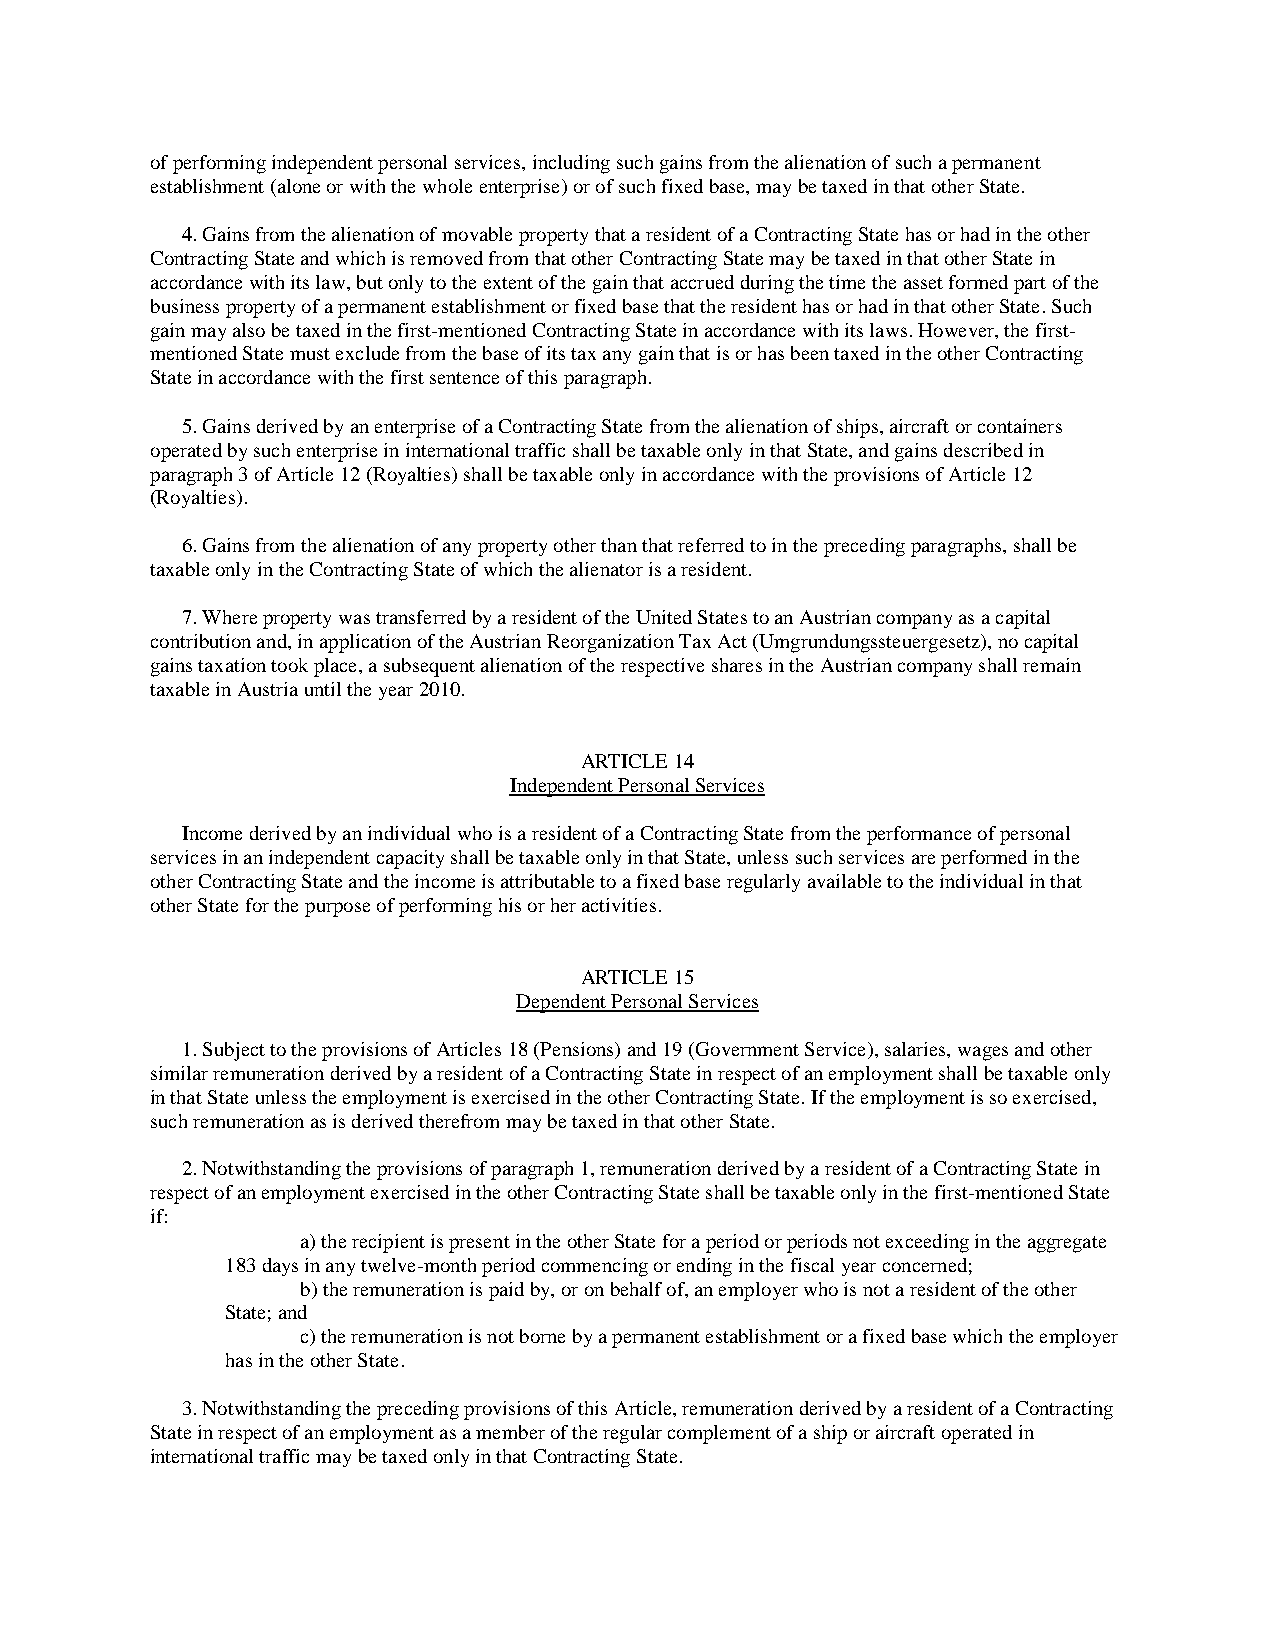
of performing independent personal services, including such gains from the alienation of such a permanent
 establishment (alone or with the whole enterprise) or of such fixed base, may be taxed in that other State.
 4. Gains from the alienation of movable property that a resident of a Contracting State has or had in the other
 Contracting State and which is removed from that other Contracting State may be taxed in that other State in
 accordance with its law, but only to the extent of the gain that accrued during the time the asset formed part of the
 business property of a permanent establishment or fixed base that the resident has or had in that other State. Such
 gain may also be taxed in the first-mentioned Contracting State in accordance with its laws. However, the first-
 mentioned State must exclude from the base of its tax any gain that is or has been taxed in the other Contracting
 State in accordance with the first sentence of this paragraph.
 5. Gains derived by an enterprise of a Contracting State from the alienation of ships, aircraft or containers
 operated by such enterprise in international traffic shall be taxable only in that State, and gains described in
 paragraph 3 of Article 12 (Royalties) shall be taxable only in accordance with the provisions of Article 12
 (Royalties).
 6. Gains from the alienation of any property other than that referred to in the preceding paragraphs, shall be
 taxable only in the Contracting State of which the alienator is a resident.
 7. Where property was transferred by a resident of the United States to an Austrian company as a capital
 contribution and, in application of the Austrian Reorganization Tax Act (Umgrundungssteuergesetz), no capital
 gains taxation took place, a subsequent alienation of the respective shares in the Austrian company shall remain
 taxable in Austria until the year 2010.
 ARTICLE 14
 Independent Personal Services
 Income derived by an individual who is a resident of a Contracting State from the performance of personal
 services in an independent capacity shall be taxable only in that State, unless such services are performed in the
 other Contracting State and the income is attributable to a fixed base regularly available to the individual in that
 other State for the purpose of performing his or her activities.
 ARTICLE 15
 Dependent Personal Services
 1. Subject to the provisions of Articles 18 (Pensions) and 19 (Government Service), salaries, wages and other
 similar remuneration derived by a resident of a Contracting State in respect of an employment shall be taxable only
 in that State unless the employment is exercised in the other Contracting State. If the employment is so exercised,
 such remuneration as is derived therefrom may be taxed in that other State.
 2. Notwithstanding the provisions of paragraph 1, remuneration derived by a resident of a Contracting State in
 respect of an employment exercised in the other Contracting State shall be taxable only in the first-mentioned State
 if:
 a) the recipient is present in the other State for a period or periods not exceeding in the aggregate
 183 days in any twelve-month period commencing or ending in the fiscal year concerned;
 b) the remuneration is paid by, or on behalf of, an employer who is not a resident of the other
 State; and
 c) the remuneration is not borne by a permanent establishment or a fixed base which the employer
 has in the other State.
 3. Notwithstanding the preceding provisions of this Article, remuneration derived by a resident of a Contracting
 State in respect of an employment as a member of the regular complement of a ship or aircraft operated in
 international traffic may be taxed only in that Contracting State.